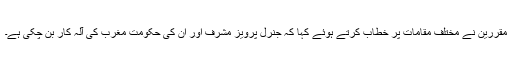
مقررین نے مختلف مقامات پر خطاب کرتے ہوئے کہا کہ جنرل پرویز مشرف اور ان کی حکومت مغرب کی آلہ کار بن چکی ہے۔